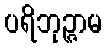
ပရိဘုဉ္ဇာမ